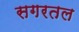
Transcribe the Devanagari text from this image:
सगरतल